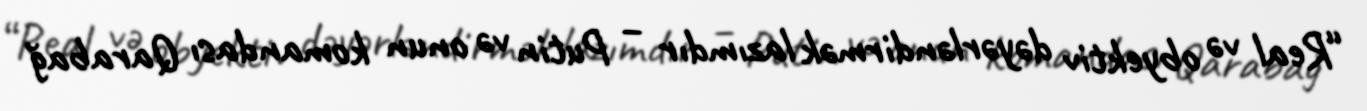
“Real və obyektiv dəyərləndirmək lazımdır – Putin və onun komandası Qarabağ